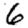
Digit: 6